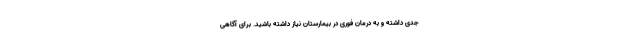
جدی داشته و به درمان فوری در بیمارستان نیاز داشته باشید. برای آگاهی